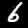
Label: 6